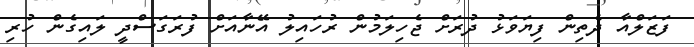
ފަޒަލްއާ ދެތިން ފިޔަވަޅު ދުރަށް ޖެހިލަމުން ރުހައިލު އޭނާއަށް ފުރަގަސްދީ ލައިގެން ހުރި